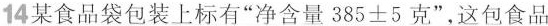
14某食品袋包装上标有”净含量$$3 8 5 ± 5$$克”，这包食品